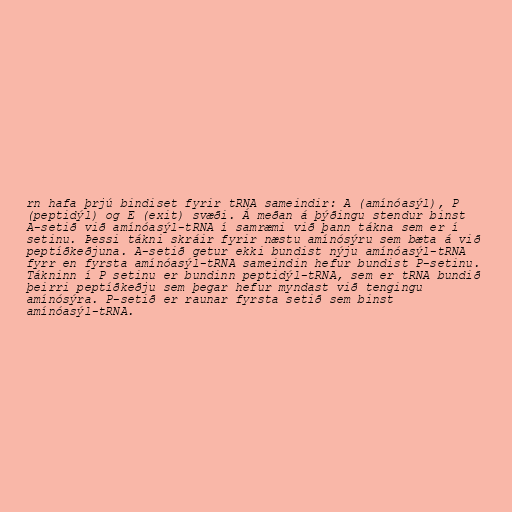
rn hafa þrjú bindiset fyrir tRNA sameindir: A (amínóasýl), P
(peptidýl) og E (exit) svæði. Á meðan á þýðingu stendur binst
A-setið við amínóasýl-tRNA í samræmi við þann tákna sem er í
setinu. Þessi tákni skráir fyrir næstu amínósýru sem bæta á við
peptíðkeðjuna. A-setið getur ekki bundist nýju amínóasýl-tRNA
fyrr en fyrsta amínóasýl-tRNA sameindin hefur bundist P-setinu.
Tákninn í P setinu er bundinn peptidýl-tRNA, sem er tRNA bundið
þeirri peptíðkeðju sem þegar hefur myndast við tengingu
amínósýra. P-setið er raunar fyrsta setið sem binst
amínóasýl-tRNA.